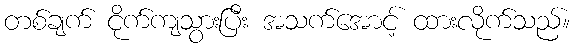
တစ်ချက် ငိုက်ကျသွားပြီး အသက်အောင့် ထားလိုက်သည်။